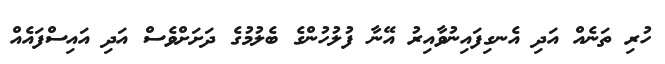
ހުރި ތަނެއް އަދި އެނގިފައިނުވާއިރު އޭނާ ފުލުހުންގެ ބެލުމުގެ ދަށަށްވެސް އަދި އައިސްފައެއް